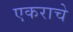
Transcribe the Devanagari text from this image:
एकराचे